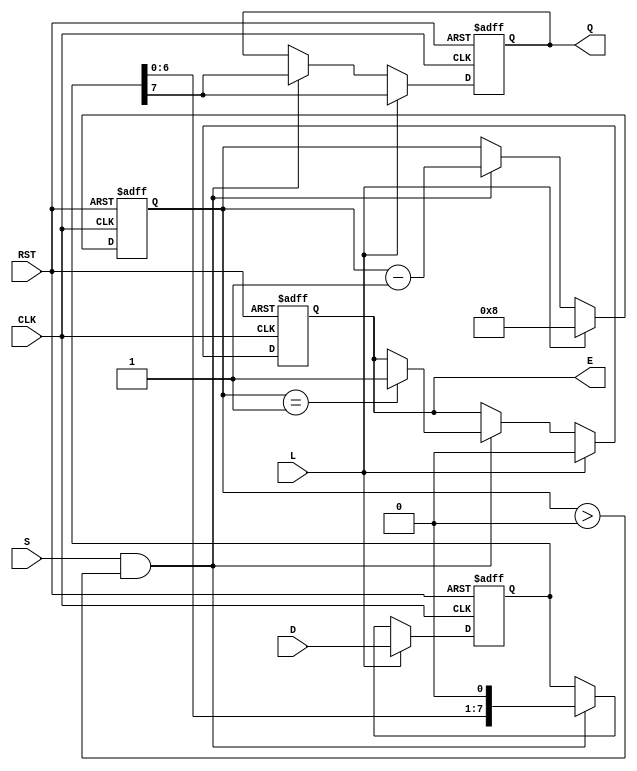
module PISO_Register #(
    parameter n = 8  // Width of the register
)(
    input wire [n-1:0] D,  // Parallel data input
    input wire L,          // Load signal
    input wire CLK,        // Clock signal
    input wire S,          // Shift signal
    input wire RST,        // Reset signal (optional)
    output reg Q,          // Serial output
    output reg E           // Empty signal
);

    reg [n-1:0] SR;        // Shift register
    reg [3:0] counter;     // Counter for shifted bits (optional, can be adjusted based on n)

    always @(posedge CLK or posedge RST) begin
        if (RST) begin
            SR <= 0;
            Q <= 0;
            E <= 1;  // Register is empty after reset
            counter <= 0;
        end else begin
            if (L) begin
                SR <= D;  // Load data into the shift register
                Q <= SR[n-1]; // Output the MSB
                E <= 0;  // Register is not empty after loading
                counter <= n; // Reset counter to the width of the register
            end else if (S && (counter > 0)) begin
                Q <= SR[n-1]; // Output the MSB
                SR <= {SR[n-2:0], 1'b0}; // Shift right
                counter <= counter - 1; // Decrement counter
                if (counter == 1) begin
                    E <= 1; // Register is empty after last shift
                end
            end
        end
    end

endmodule